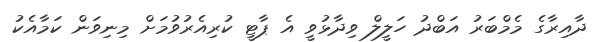
ދާއިރާގެ މެމްބަރު އަބްދު ހަލީލް ވިދާޅުވީ އެ ޕާޓީ ކުރިއެރުވުމަށް މިނިވަން ކަމާއެކު